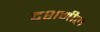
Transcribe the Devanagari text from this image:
दशमील